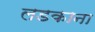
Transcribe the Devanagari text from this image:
लडकाना